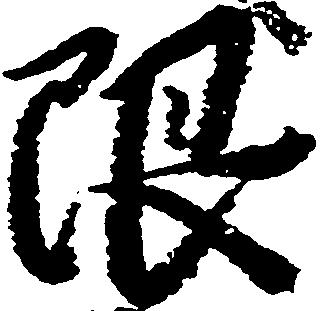
限